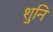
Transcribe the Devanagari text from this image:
शुनि